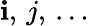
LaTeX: \mathbf{i},\, j,\, \ldots